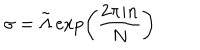
LaTeX: \sigma = \tilde { \Lambda } \exp \left( \frac { 2 \pi i n } { N } \right)